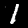
Label: 1